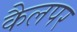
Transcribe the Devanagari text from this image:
कैलपर